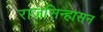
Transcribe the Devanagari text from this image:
राजसिन्हासन